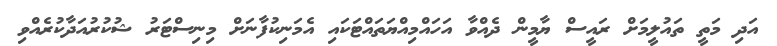
އަދި މަތީ ތައުލީމަށް ރައީސް ޔާމީން ދެއްވާ އަހައްމިއްޔަތައްޓަކައި އެމަނިކުފާނަށް މިނިސްޓަރު ޝުކުރުއަދާކުރެއްވި